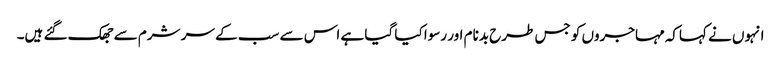
انہوں نے کہاکہ مہاجروں کو جس طرح بدنام اور رسوا کیا گیا ہے اس سے سب کے سر شرم سے جھک گئے ہیں۔